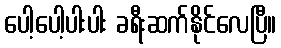
ပေါ့ပေါ့ပါးပါး ခရီးဆက်နိုင်လေပြီ။